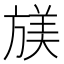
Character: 𫞁